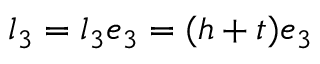
\boldsymbol { l } _ { 3 } = l _ { 3 } \boldsymbol { e } _ { 3 } = ( h + t ) \boldsymbol { e } _ { 3 }